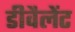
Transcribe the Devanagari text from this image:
डीवैलेंट